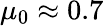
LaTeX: \mu_{0}\approx 0.7